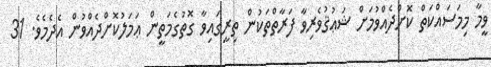
ވީމާ މިމަސައްކަތް ކޮށްދެއްވުމަށް ޝަޢުޤުވެރިވާ ފަރާތްތަކުން ތިރީގައިވާ ގޮތުގެމަތީން ޢަމަލުކޮށްދެއްވުން އެދެމެވެ. 31